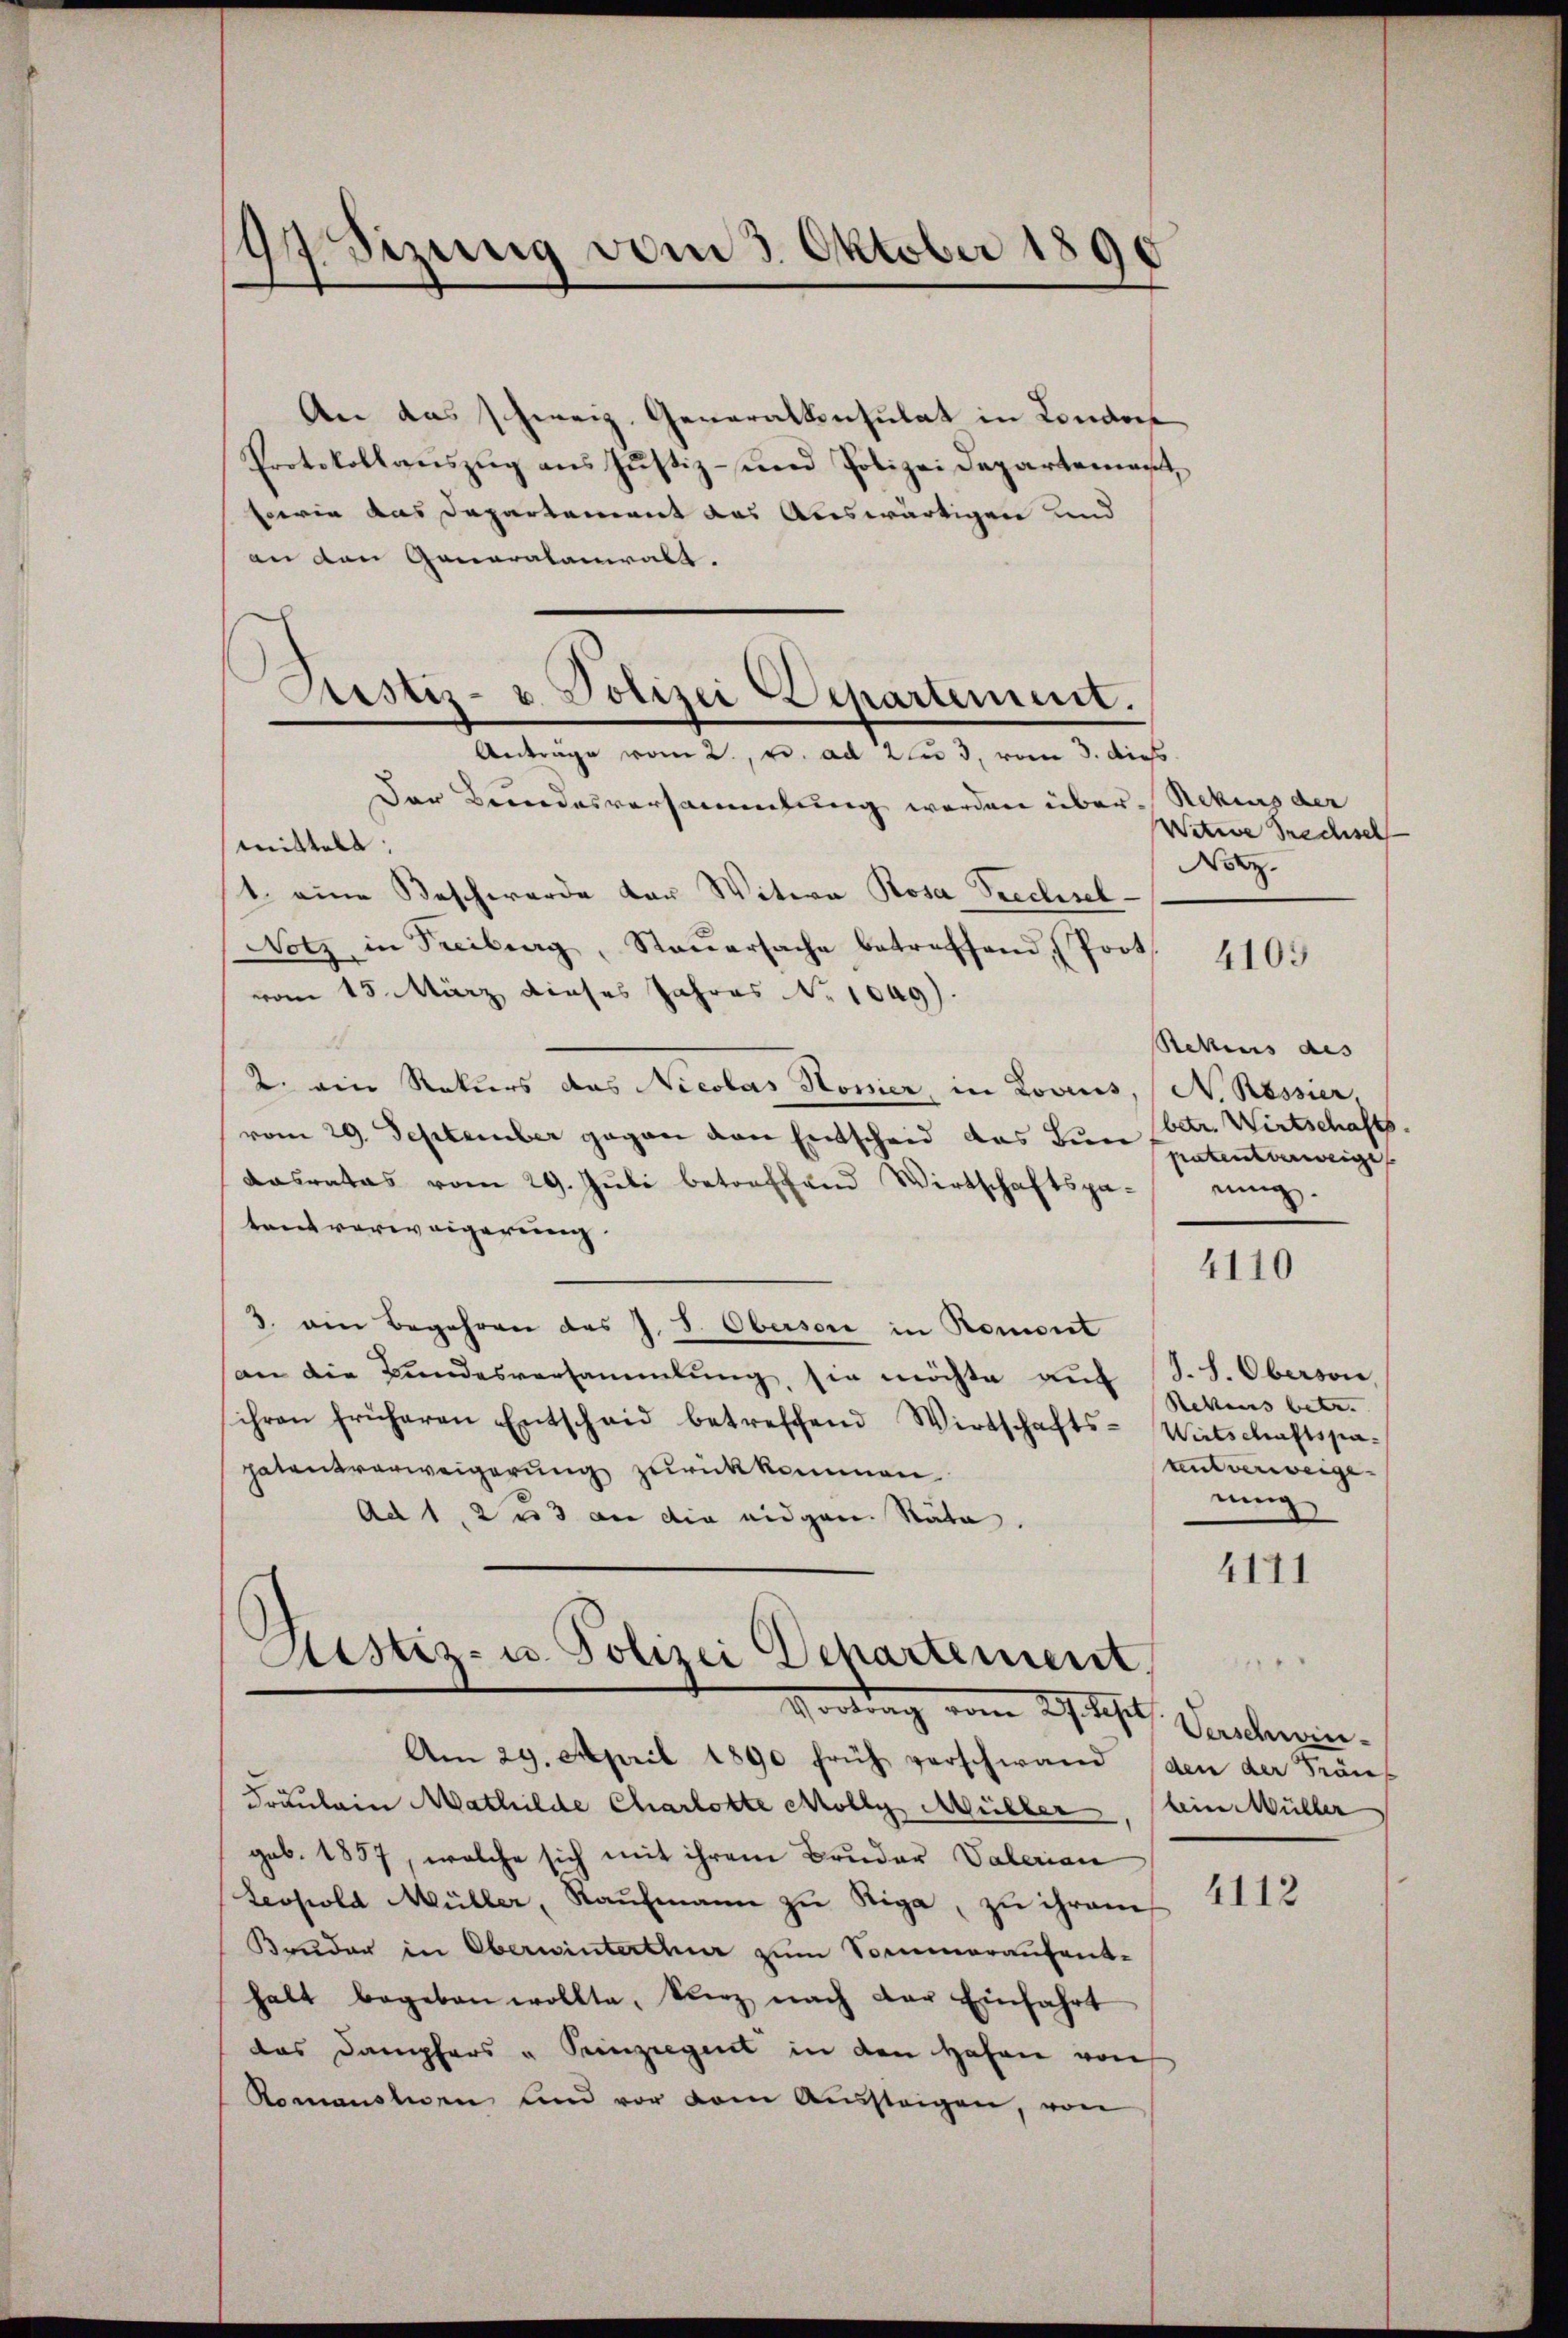
97. bezweig vom 3. Oktober 1890

An das schweiz. Generalkonsulat in Londort
Protokollauszug aus Justiz- und Polizei Departement,
sowie das Departement das Auswärtigen und
an den Generalamiralt.
Anträge vom 2. e. ad 2du 3, vom 3. dies
Der Brandesversammlung werden über- Rekurs der
mittels.
1 eine Beschwerde der Witwe Rosa Prechsel-
Notz in Freiberg, Steŭersache betreffend (Poot.
vom 15. März dieses Jahres No 1049).
Rekurs des |
2. ein Rekurs das Nicolas Honier, in Lovius, (N. Ressier,
betr. Wirtschafts
vom 29. September gegen den Entscheid das Bern spatentverweige
dasrates vom 29. Jŭli betreffend Wirtschaftspa- einig.
tentverweigerung.
4110
3. ein Begehren des J. J. Obersore in Roment
an die Bŭndesversammlung, sie möchte aŭf S.S. Obersone,
Rekens betr. |
sihren früheren Entscheid betreffend Wirtschafts-Wirtschaftssaunt verweige. |
patentverweigerung zurückkommen
ning
Ad 1, 2 u 3 an die eidgen. Rata.
4171

Astiz- u. Polizei Departement.

Sistis- u. Polizei Departement.
Vortrag vom 29. Sept. Paulinen.

Am 29. April 1890 früh verschwand den der Frän¬
Fräulein Mathilde Charlotte colly, Müller, kein Müller
geb. 1857, welche sich mit ihrem Bruder Vaterian
Leopold Müller, Kaufmann zu Riga, zu ihrem
Bruder in Oberwinterthur zum Sommeraufent-
halt begeben wollte, kurz nach der Einfahrt
das Dampfers u. Prinziegent in den Hafen von
Romansten und vor dem Aŭssteigen, von

Witere Brechisch
Norz.

4105

4112